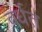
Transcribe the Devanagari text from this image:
वर्धत